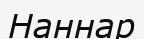
Наннар